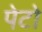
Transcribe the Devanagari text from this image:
पेटो